DOW-UAP-D8, Mission Report, Djibouti, 2025
Agency: Department of War
Incident location: Mediterranean Sea
Page 1
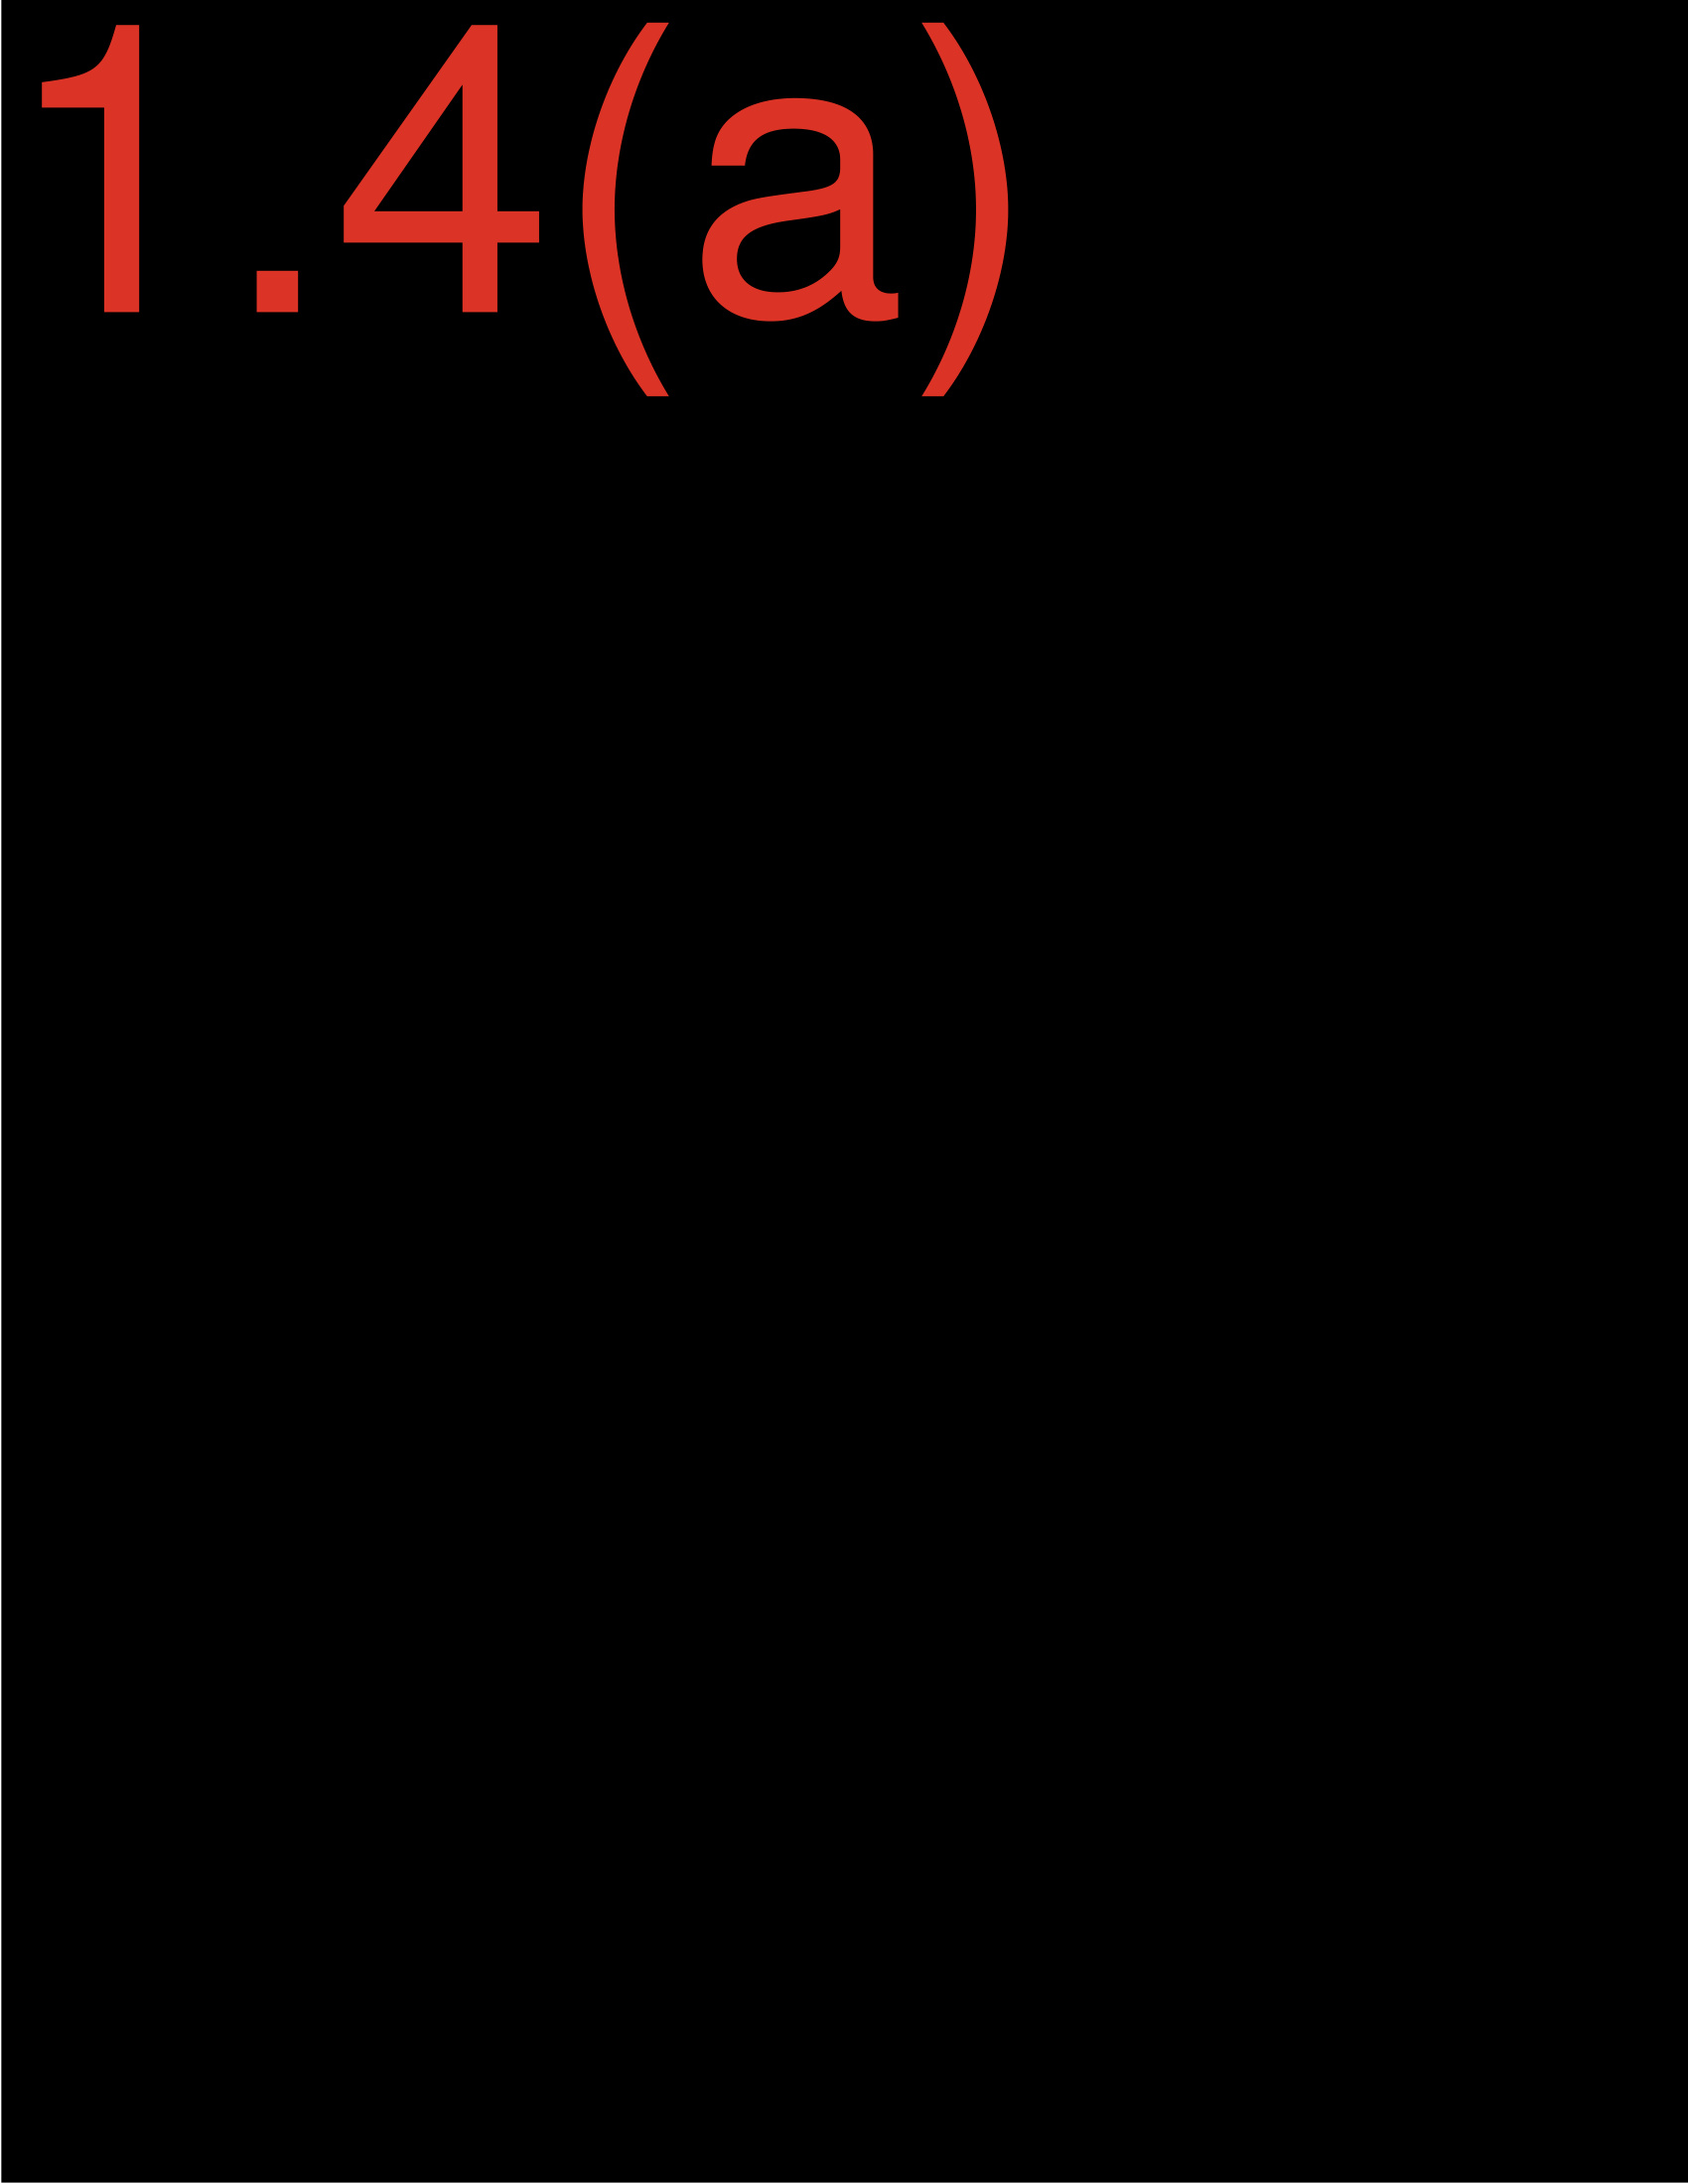